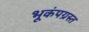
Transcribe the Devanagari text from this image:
भूकंपग्रस्त